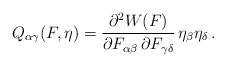
LaTeX: \begin{align*}Q_{\alpha\gamma}(F,\eta) = \frac{\partial^2 W(F)}{\partial F_{\alpha\beta}\, \partial F_{\gamma\delta}}\, \eta_\beta\eta_\delta\,.\end{align*}